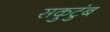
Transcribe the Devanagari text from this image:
सकुटुंब